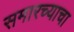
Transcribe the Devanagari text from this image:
समारच्याचा